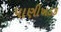
પાણીખડક